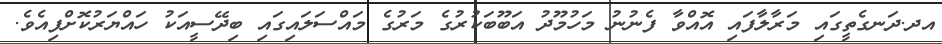
އދ.ދަނގެތީގައި މަރާލާފައި އޮއްވާ ފެނުނު މަހުމޫދު އަބޫބަކުރުގެ މަރުގެ މައްސަލައިގައި ބިދޭސީއަކު ހައްޔަރުކޮށްފިއެވެ.